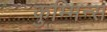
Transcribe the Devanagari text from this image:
कुम्मिन्स